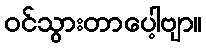
ဝင်သွားတာပေါ့ဗျာ။